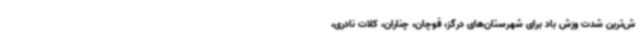
ش‌ترین شدت وزش باد برای شهرستان‌های درگز، قوچان، چناران، کلات نادری،